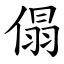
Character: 傝